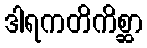
ဒါရကတိကိစ္ဆာ